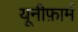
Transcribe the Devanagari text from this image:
यूनीफ़ार्म